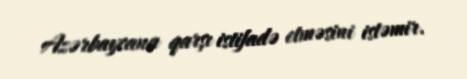
Azərbaycana qarşı istifadə etməsini istəmir.